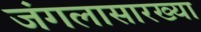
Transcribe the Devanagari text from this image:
जंगलासारख्या